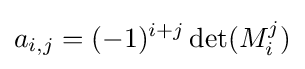
a_{i,j}=(-1)^{i+j}\det(M_{i}^{j})